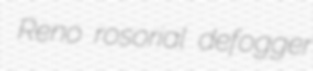
Reno rosorial defogger